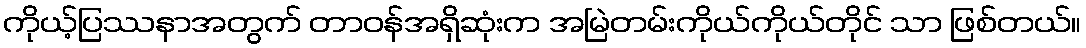
ကိုယ့်ပြဿနာအတွက် တာဝန်အရှိဆုံးက အမြဲတမ်းကိုယ်ကိုယ်တိုင် သာ ဖြစ်တယ်။